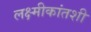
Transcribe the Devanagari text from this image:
लक्ष्मीकांतशी